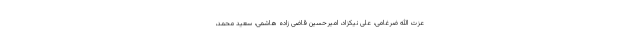
عزت الله ضرغامی، علی نیکزاد، امیرحسین قاضی زاده هاشمی، سعید محمد،